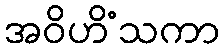
အဝိဟိံသကာ